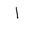
Letter: _alif